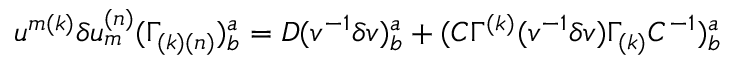
u ^ { { m ( k ) } } \delta u _ { { m } } ^ { { ( n ) } } ( \Gamma _ { { ( k ) ( n ) } } ) _ { { b } } ^ { { a } } = D ( v ^ { - { 1 } } \delta v ) _ { { b } } ^ { { a } } + ( C \Gamma ^ { { ( k ) } } ( v ^ { - { 1 } } \delta v ) \Gamma _ { { ( k ) } } C ^ { - { 1 } } ) _ { { b } } ^ { { a } } \qquad